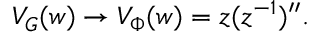
V _ { { \cal G } } ( w ) \rightarrow V _ { \Phi } ( w ) = z ( z ^ { - 1 } ) ^ { \prime \prime } .